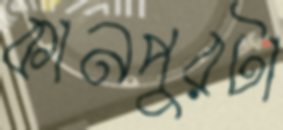
কানপুরটা